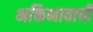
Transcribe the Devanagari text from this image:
भक्तिभावाची